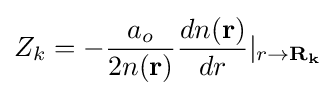
Z_{k}=-{\frac {a_{o}}{2n(\mathbf {r} )}}{\frac {dn(\mathbf {r} )}{dr}}|_{r\rightarrow \mathbf {R_{k}} }